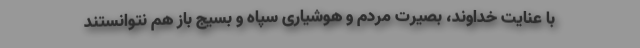
با عنایت خداوند، بصیرت مردم و هوشیاری سپاه و بسیج باز هم نتوانستند